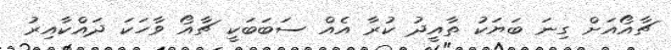
ޗާއޯއަށް ގިނަ ބަޔަކު ތާއީދު ކުރާ އެއް ސަބަބަކީ ޗާއޯ ވާހަކަ ދައްކާއިރު